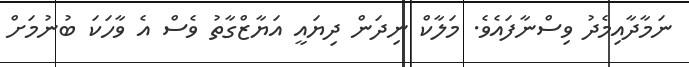
ނަމާދާއިމެދު ވިސްނާފައެވެ. މަލާކް ނިދަން ދިޔައީ އަޔާޒްގާތު ވެސް އެ ވާހަކަ ބުނުމަށް